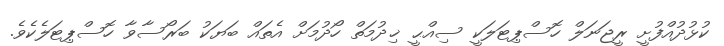
ކުޅުދުއްފުށީ ރީޖަނަލް ހޮސްޕިޓަލަކީ ސިއްޙީ ޚިދުމަތް ހޯދުމަށް އެތައް ބަޔަކު ބަރޯސާވާ ހޮސްޕިޓަލެކެވެ.